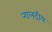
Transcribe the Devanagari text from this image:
नालदीय